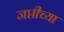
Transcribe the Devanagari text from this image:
जप्तीच्या